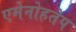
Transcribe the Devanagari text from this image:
एमेनोहतेप